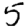
Digit: 5